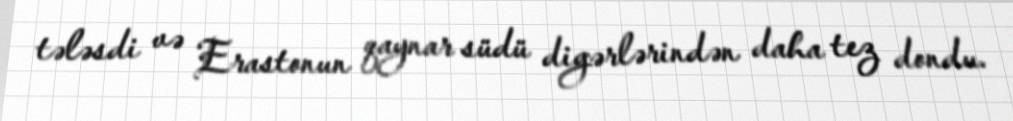
tələsdi və Erastonun qaynar südü digərlərindən daha tez dondu.